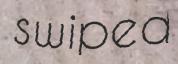
swiped